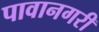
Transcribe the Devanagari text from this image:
पावानगरी